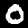
Label: 0